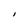
Character: I